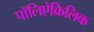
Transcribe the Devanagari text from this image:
पॉलिऐक्रिलिक